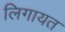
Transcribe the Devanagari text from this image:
लिगायत